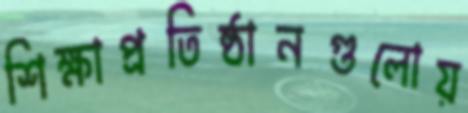
শিক্ষাপ্রতিষ্ঠানগুলোয়